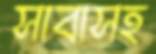
সাবাসহ